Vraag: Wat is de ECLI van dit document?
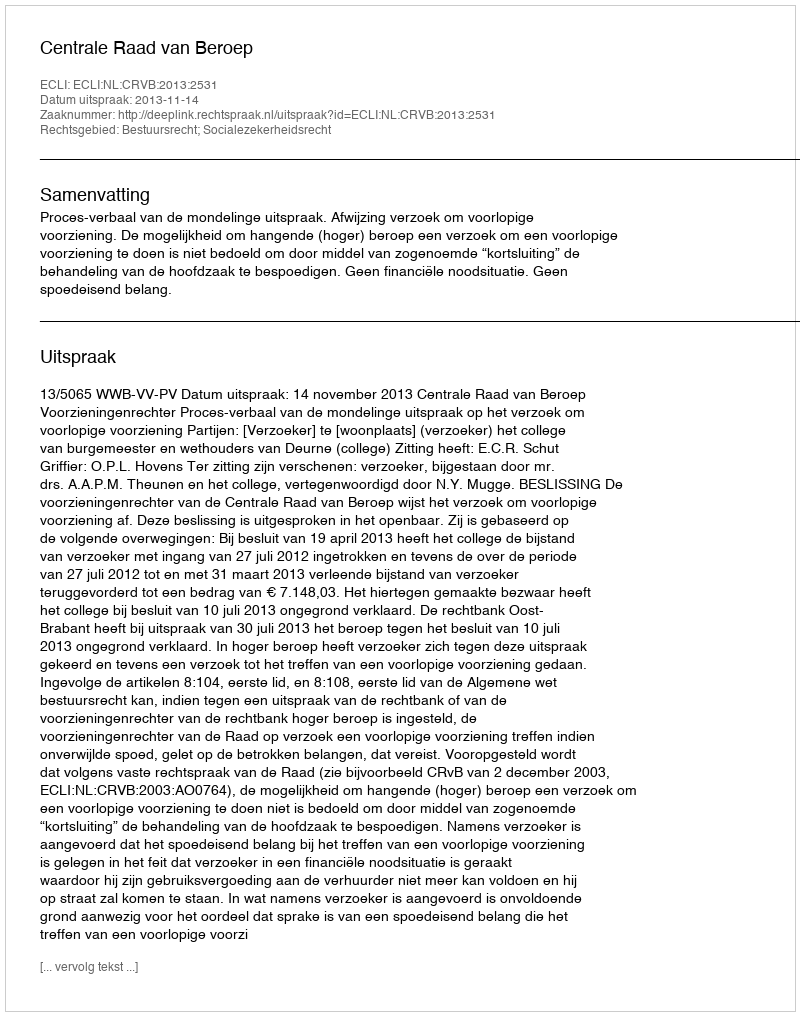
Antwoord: ECLI:NL:CRVB:2013:2531